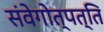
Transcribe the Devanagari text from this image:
संवेगोत्पत्ति